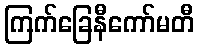
ကြက်ခြေနီကော်မတီ